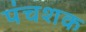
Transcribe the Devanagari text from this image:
पंचशक